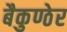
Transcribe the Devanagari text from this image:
बैकुण्ठेर